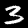
Digit: 3